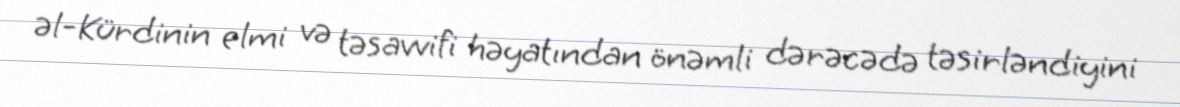
əl-Kürdinin elmi və təsavvifi həyatından önəmli dərəcədə təsirləndiyini